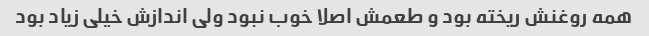
همه روغنش ریخته بود و طعمش اصلا خوب نبود ولی اندازش خیلی زیاد بود